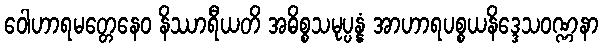
ဝေါဟာရမတ္တေနေဝ နိဿာရီယတိ အဓိစ္စသမုပ္ပန္နံ အာဟာရပစ္စယနိဒ္ဒေသဝဏ္ဏနာ